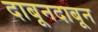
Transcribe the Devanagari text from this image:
दाबूनदाबून